Annual report on the working of the mental hospitals in the Madras Presidency - 1912-1932
Year: 1912
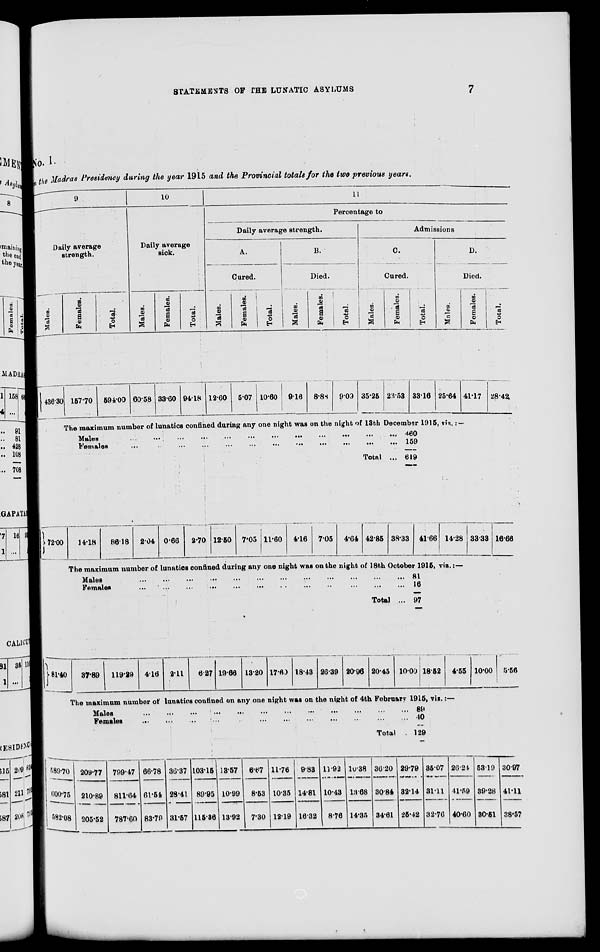
STATEMENTS OF THE LUNATIC ASYLUMS
7
No. I
In the Madras Presidency during the year 1915 and the Provincial totals for the two previous years.
9
Daily average
strength.
Males.
436.30
Females.
Total.
10
Daily average
sick.
Males.
Females.
Total.
11
Percentage to
Daily average strength.
A.
Cured.
Males.
Females.
Total.
B.
Died.
Males.
Females.
Total.
Admissions
C.
Cured.
Males.
Females.
Total.
D.
Died.
Males.
Females.
Total.
157.70
594.00 60.58 33.60 94.18 12.60 5.07 10.60 9.16
8.88
9.09 35.25 22.53 33.16 25.64
The maximum number of lunatics confined during any one night was on the night of 13th December 1915, viz. : —
72.00
81.40
589.70
600.75
582.08
Males
...
...
...
...
...
...
...
...
...
...
...
Females
...
...
...
...
...
...
...
...
...
...
Total ...
460
159
619
41.17
28.42
14.18
86.18 2.04 0.66
2.70 12.50 7.05 11.60 4.16 7.05 4.64 42.85 38.33 41.66 14.28
The maximum number of lunatics confined during any one night was on the night of 18th October 1915, viz.:—
Males ... ... ... ... ... ... ... ... ... ... ... ... ... ...
Females
...
...
...
...
...
...
...
...
...
...
...
...
...
...
Total ...
81
16
97
33.33 16.66
37.89
119.29 4.16 2.11
6.27 19.66 13.20 17.60 18.43 26.39 20.96 20.45 10.00 18.52 4.55
The maximum number of lunatics confined on any one night was on the night of 4th February 1915, viz.:—
Males
...
...
...
...
...
...
...
...
...
Females
...
...
...
...
...
...
...
...
...
Total ...
209.77
210.89
205.52
799.47
811.64
787.60
66.78
61.54
83.79
36.37
28.41
31.57
103.15
89.95
115.36
13.57
10.99
13.92
6.67
8.53
7.30
11.76
10.35
12.19
9.83
14.81
16.32
11.92
10.43
8.76
10.38
13.68
14.35
36.20
30.84
34.61
89
40
129
29.79
32.14
25.42
35.07
31.11
32.76
26.24
41.59
40.60
10.00 5.56
53.19
39.28
30.51
30.97
41.11
38.57